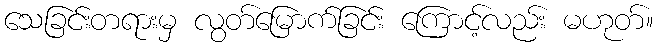
သေခြင်းတရားမှ လွတ်မြောက်ခြင်း ကြောင့်လည်း မဟုတ်။